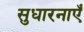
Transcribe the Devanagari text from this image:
सुधारनाएँ